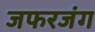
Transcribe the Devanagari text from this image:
जफरजंग